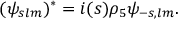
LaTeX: ( \psi _ { s l m } ) ^ { * } = i ( s ) \rho _ { 5 } \psi _ { - s , l m } .